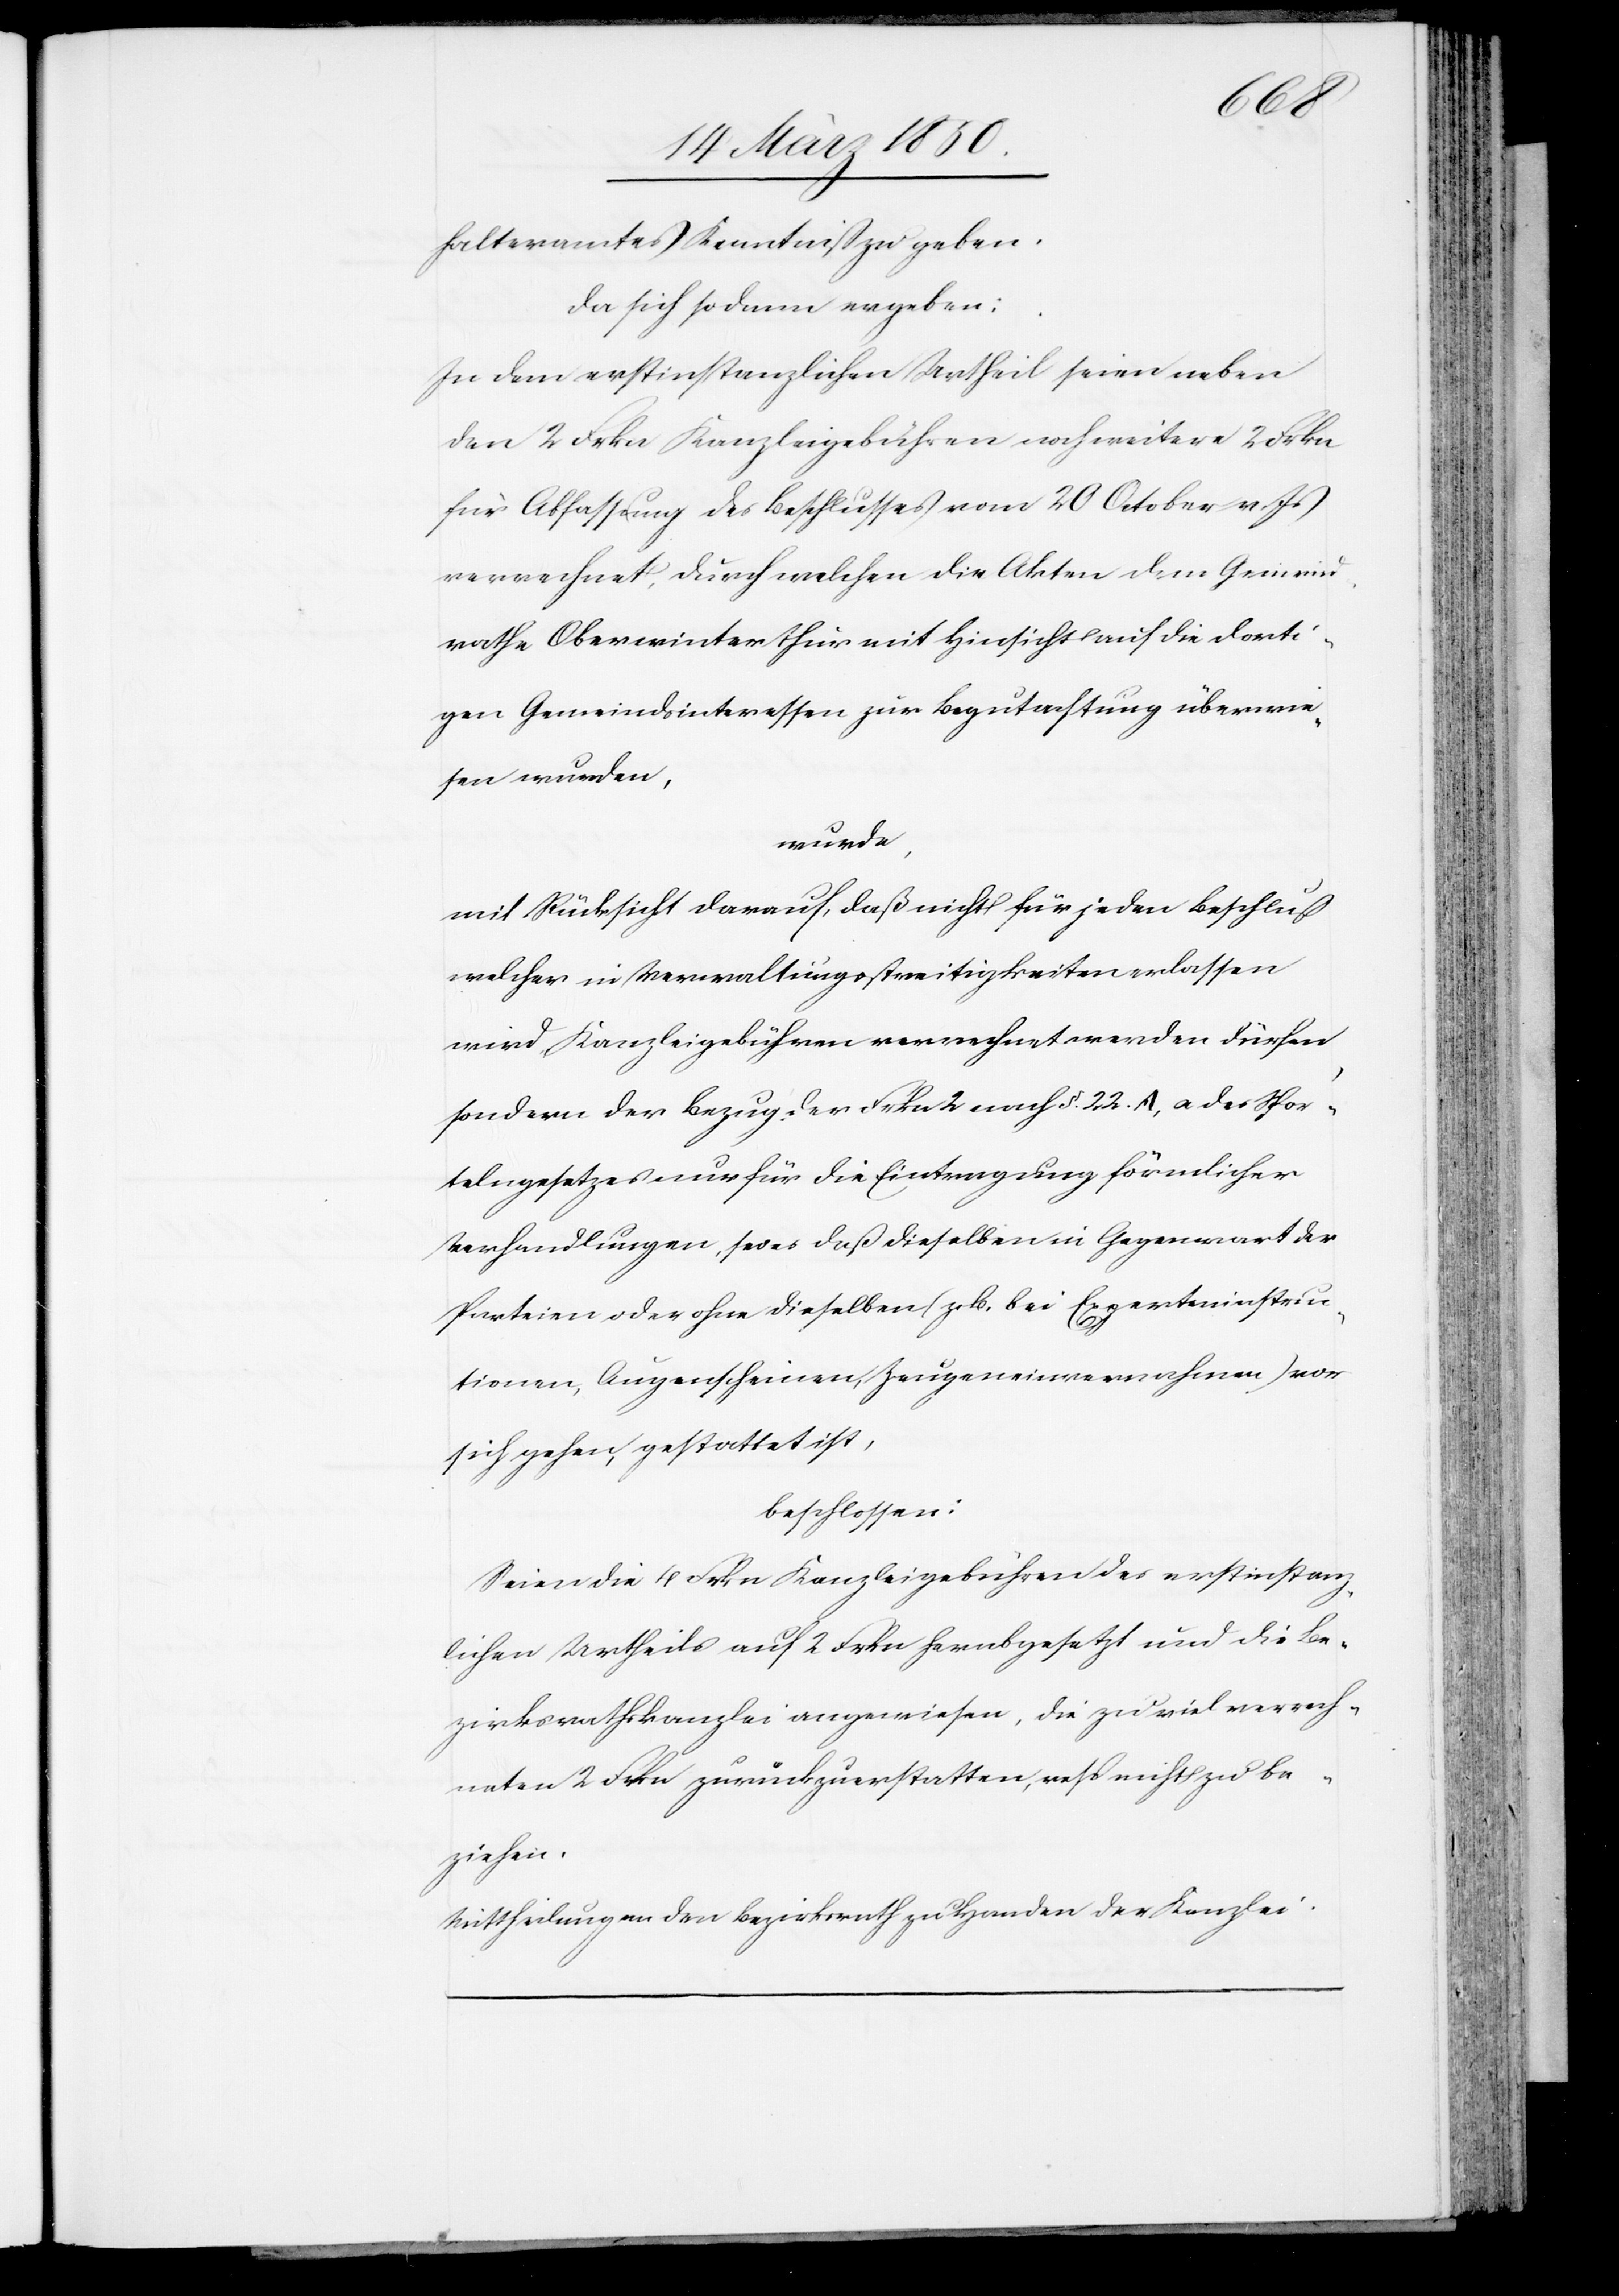
halteramtes Kenntniß zu geben.
Da sich sodann ergeben:
In dem erstinstanzlichen Urtheil seien neben
den 2 Frkn Kanzleigebühren noch weitere 2 Frkn
für Abfassung des Beschlusses vom 20 October v. Js
verrechnet, durch welchen die Akten dem Gemeind¬
rathe Oberwinterthur mit Hinsicht auf die dorti¬
gen Gemeindsinteressen zur Begutachtung überwie¬
sen wurden,
wurde,
mit Rücksicht darauf, daß nicht für jeden Beschluß
welcher in Verwaltungsstreitigkeiten erlassen
wird, Kanzleigebühren verrechnet werden dürfen,
sondern der Bezug der Frkn 2 nach §. 22. A, a des Spor¬
telngesetzes nur für die Eintragung förmlicher
Verhandlungen, sei es daß dieselben in Gegenwart der
Parteien oder ohne dieselben (z. B. bei Experteninstruc¬
tionen, Augenscheinen, Zeugeneinvernahmen) vor
sich gehen, gestattet ist,
beschlossen:
Seien die 4 Frkn Kanzleigebühren des erstinstanz¬
lichen Urtheils auf 2 Frkn herabgesetzt und die Be¬
zirksrathskanzlei angewiesen, die zu viel verrech¬
neten 2 Frkn zurückzuerstatten, resp nicht zu be¬
ziehen.
Mittheilung an den Bezirksrath zu Handen der Kanzlei.